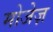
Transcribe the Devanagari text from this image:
मोजेज़